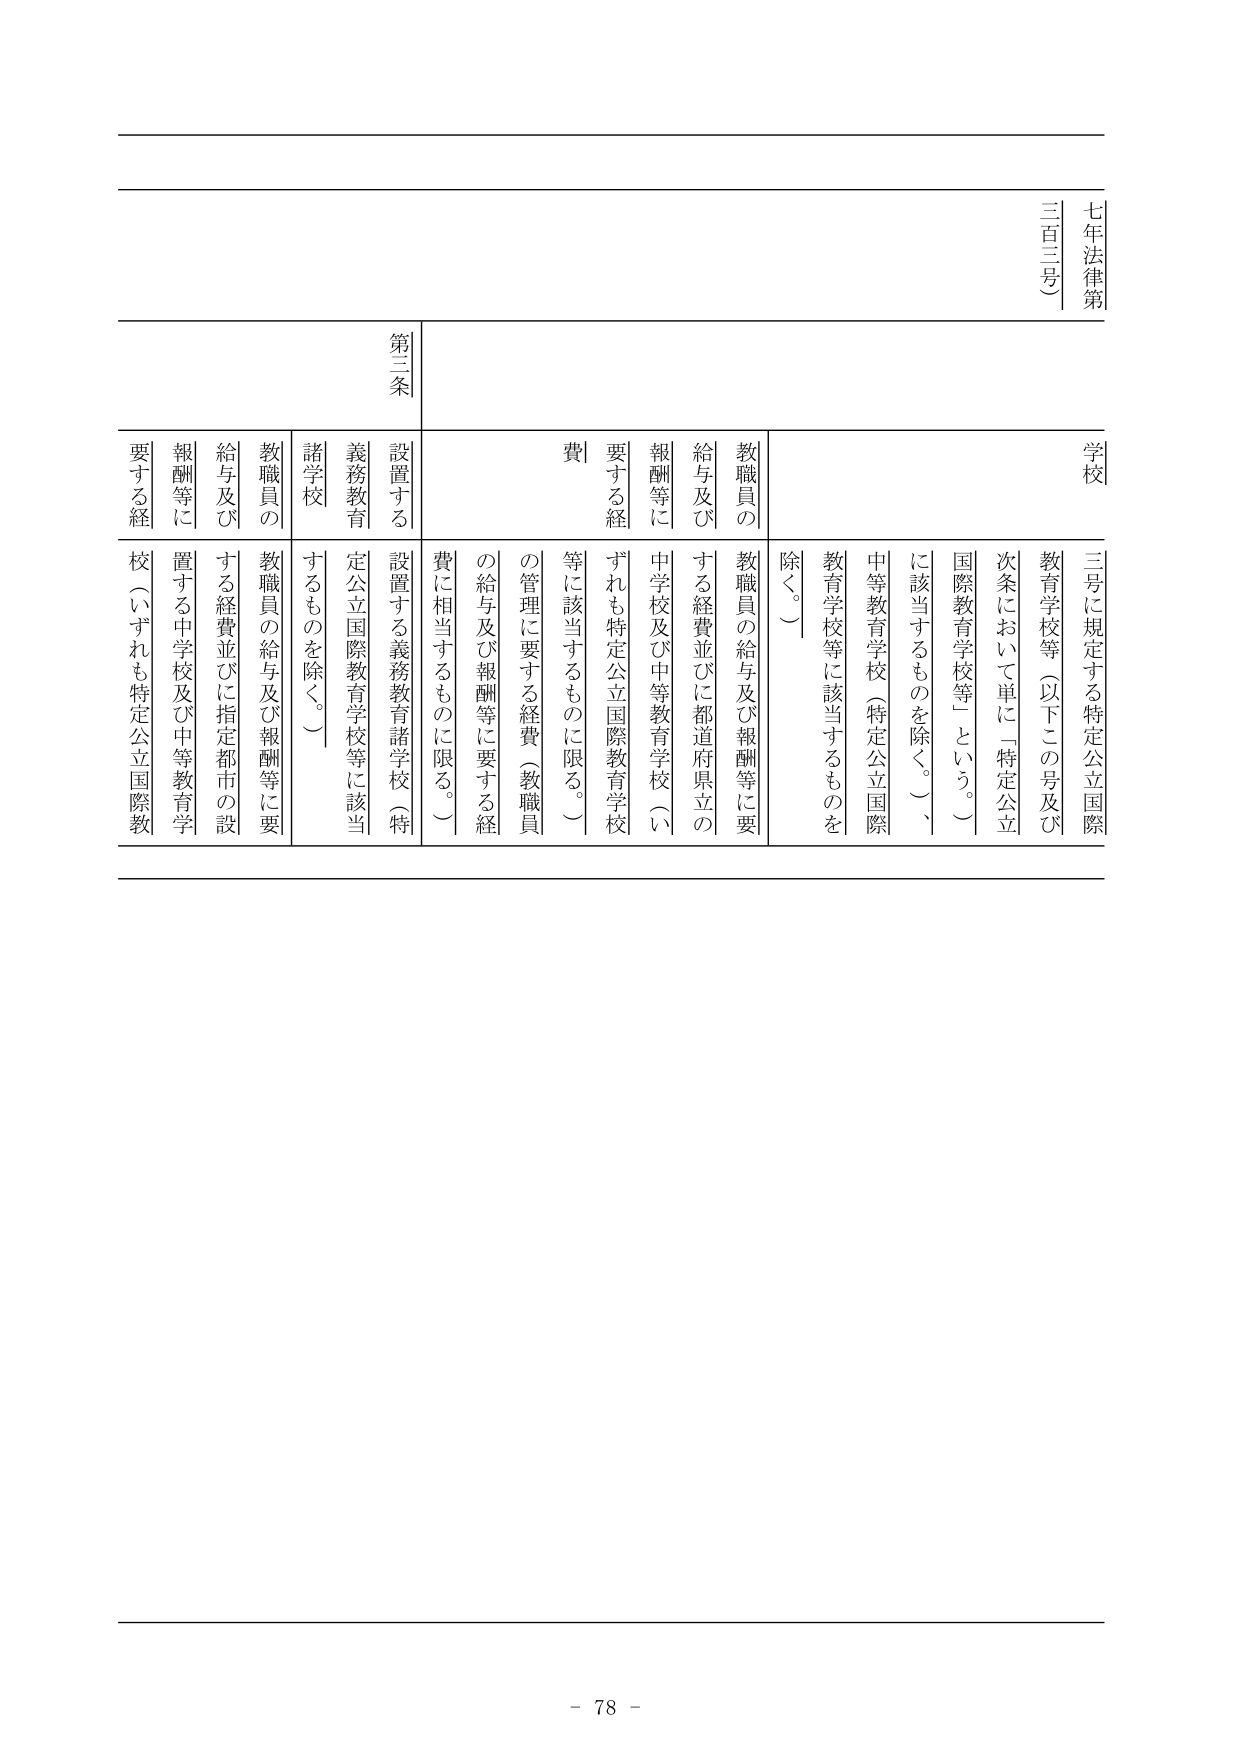
七年法律第
三百三号

学校
三号に規定する特定公立国際
教育学校等（以下この号及び
次条において単に「特定公立
国際教育学校等」という。）
に該当するものを除く。）、
中等教育学校（特定公立国際
教育学校等に該当するものを
除く。）

教職員の
給与及び
報酬等に
要する経
費
教職員の給与及び報酬等に要
する経費並びに都道府県立の
中学校及び中等教育学校（い
ずれも特定公立国際教育学校
等に該当するものに限る。）
の管理に要する経費（教職員
の給与及び報酬等に要する経
費に相当するものに限る。）

第三条
設置する
義務教育
諸学校
教職員の
給与及び
報酬等に
要する経
費
設置する義務教育諸学校（特
定公立国際教育学校等に該当
するものを除く。）
教職員の給与及び報酬等に要
する経費並びに指定都市の設
置する中学校及び中等教育学
校（いずれも特定公立国際教

- 78 -